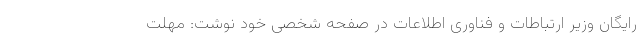
رایگان وزیر ارتباطات و فناوری اطلاعات در صفحه شخصی خود نوشت: مهلت